system: You are a helpful assistant.
user:
Analyze the provided spectrum to determine if it is a **"Cataclysmic Variables (CV)"**.

- **Key Indicators for CV (Check for either state):**
    - **State 1: Quiescent / Low-State (Emission-Dominated)**
        - **(Primary):** Strong and *very broad* Hydrogen Balmer emission lines (e.g., $H\alpha$ at 6563 Å, $H\beta$ at 4861 Å). The 'broadness' (high velocity dispersion, often FWHM > 1000 km/s) is the key diagnostic, indicating a high-velocity accretion disk.
        - **(Secondary):** Broad neutral Helium (He I) emission lines (e.g., 5876 Å, 6678 Å).
        - **(Key Confirmation):** Presence of high-excitation *ionized* Helium (He II) emission at 4686 Å. This is a strong indicator of accretion onto a white dwarf.
        - **(Line Profile):** Emission lines may exhibit a 'double-peaked' profile, which is a classic signature of a rotating accretion disk viewed at high inclination.

    - **State 2: Outburst / High-State (Absorption-Dominated)**
        - **(Primary):** Spectrum is dominated by a bright, blue continuum (looks like a hot star).
        - **(Secondary):** The emission lines from State 1 are weak, absent, or 'filled in', and are replaced by broad, shallow *absorption* lines (primarily Balmer and He I).
        - **(Morphology):** The overall spectrum mimics a hot B/A-type star. The crucial difference is that the absorption lines are significantly broader, shallower, and more 'washed-out' (or 'smeared') than the sharp lines of a normal stellar photosphere, due to high rotational speeds and pressure broadening in the disk.

Think first, call **spectral_visualization_tool** if needed to examine features in detail, then provide your final answer. Your response must adhere to the following strict rules:
1.  **Overall Structure:** Your response must follow the format `<think>...</think> <tool_call>...</tool_call> (if a tool is used) <answer>...</answer>`.
2.  **Tool Usage Constraint:** You may only make **one** tool call per turn.
3.  **Final Answer Format:** In the `<answer>` tag, your conclusion must be inside a `\boxed{}` command (e.g., `\boxed{YES}`), followed by your justification.

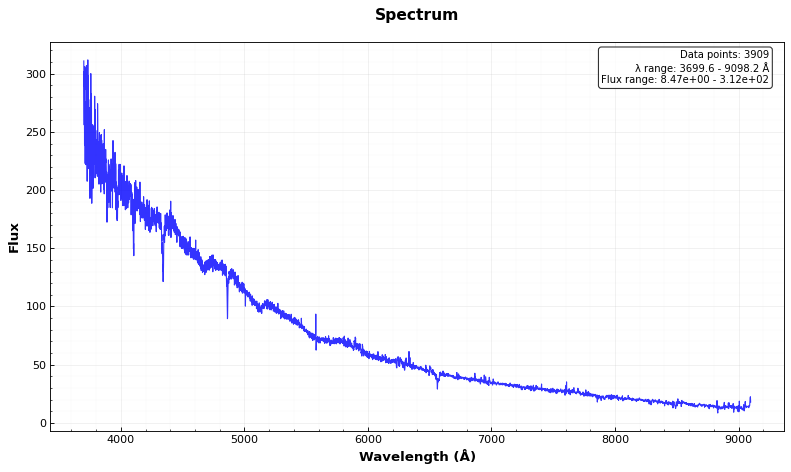
Answer: NO